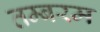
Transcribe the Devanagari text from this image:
तम्बरम